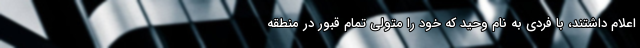
اعلام داشتند، با فردی به نام وحید که خود را متولی تمام قبور در منطقه